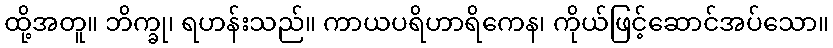
ထို့အတူ။ ဘိက္ခု၊ ရဟန်းသည်။ ကာယပရိဟာရိကေန၊ ကိုယ်ဖြင့်ဆောင်အပ်သော။